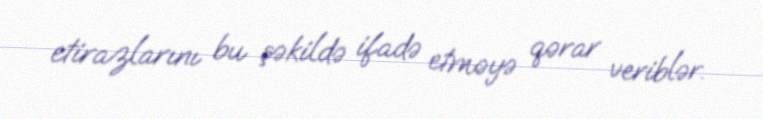
etirazlarını bu şəkildə ifadə etməyə qərar veriblər.